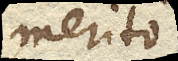
merito